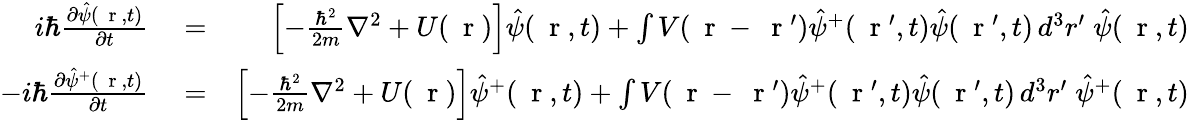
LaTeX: \begin{array}{rlr}{i\hbar\frac{\partial\hat{\psi}(\mathrm{~\mathbf~r~},t)}{\partial t}}&{{}=}&{\left[-\frac{\hbar^{2}}{2m}\nabla^{2}+U(\mathrm{~\mathbf~r~})\right]\hat{\psi}(\mathrm{~\mathbf~r~},t)+\int V(\mathrm{~\mathbf~r~}-\mathrm{~\mathbf~r~}^{\prime})\hat{\psi}^{+}(\mathrm{~\mathbf~r~}^{\prime},t)\hat{\psi}(\mathrm{~\mathbf~r~}^{\prime},t)\, d^{3}r^{\prime}\; \hat{\psi}(\mathrm{~\mathbf~r~},t)}\\ {-i\hbar\frac{\partial\hat{\psi}^{+}(\mathrm{~\mathbf~r~},t)}{\partial t}}&{{}=}&{\left[-\frac{\hbar^{2}}{2m}\nabla^{2}+U(\mathrm{~\mathbf~r~})\right]\hat{\psi}^{+}(\mathrm{~\mathbf~r~},t)+\int V(\mathrm{~\mathbf~r~}-\mathrm{~\mathbf~r~}^{\prime})\hat{\psi}^{+}(\mathrm{~\mathbf~r~}^{\prime},t)\hat{\psi}(\mathrm{~\mathbf~r~}^{\prime},t)\, d^{3}r^{\prime}\; \hat{\psi}^{+}(\mathrm{~\mathbf~r~},t)}\end{array}